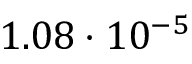
1 . 0 8 \cdot 1 0 ^ { - 5 }